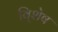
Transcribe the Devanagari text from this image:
वि्शेष